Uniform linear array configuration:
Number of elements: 16
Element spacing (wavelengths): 0.25
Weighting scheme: hamming
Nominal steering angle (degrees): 30
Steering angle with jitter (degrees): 28.159
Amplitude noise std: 0.05
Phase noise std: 0.05

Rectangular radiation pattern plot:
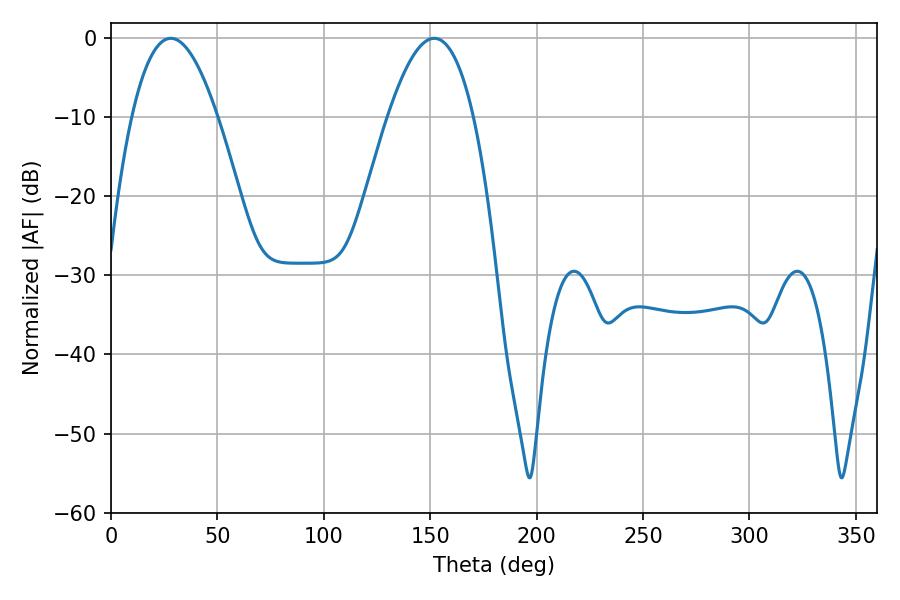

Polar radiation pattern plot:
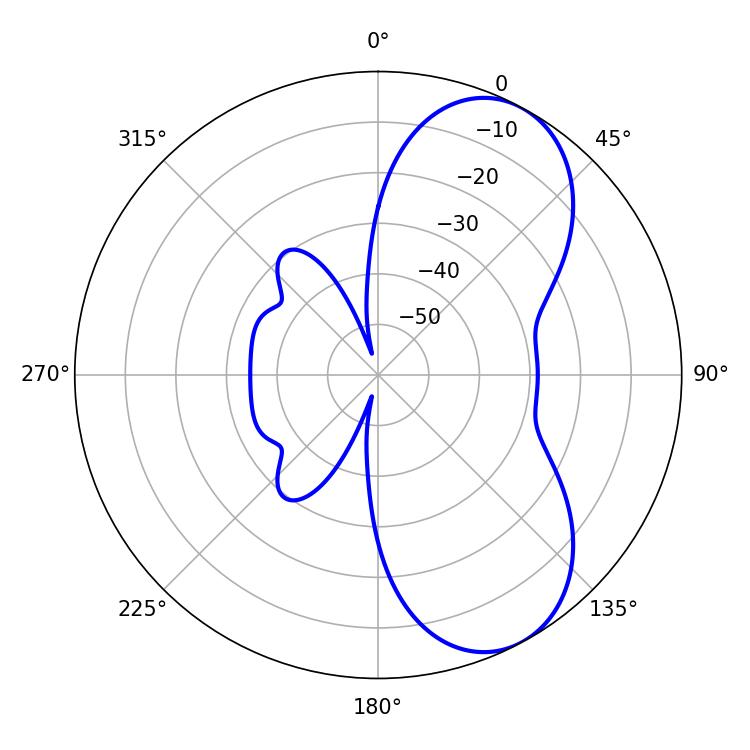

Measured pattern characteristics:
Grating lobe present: FALSE
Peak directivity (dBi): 6.983
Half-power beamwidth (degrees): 22.14
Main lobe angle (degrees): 28.08